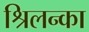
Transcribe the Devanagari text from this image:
श्रिलन्का